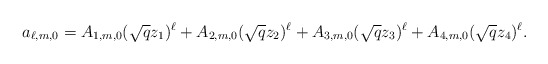
\begin{align*} a_{\ell,m,0}=A_{1,m,0}(\sqrt{q}z_1)^\ell+A_{2,m,0}(\sqrt{q}z_2)^\ell+A_{3,m,0}(\sqrt{q}z_3)^\ell+A_{4,m,0}(\sqrt{q}z_4)^\ell. \end{align*}